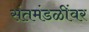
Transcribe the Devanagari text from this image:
संतमंडळींवर